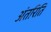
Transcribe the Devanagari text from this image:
अंतरिति